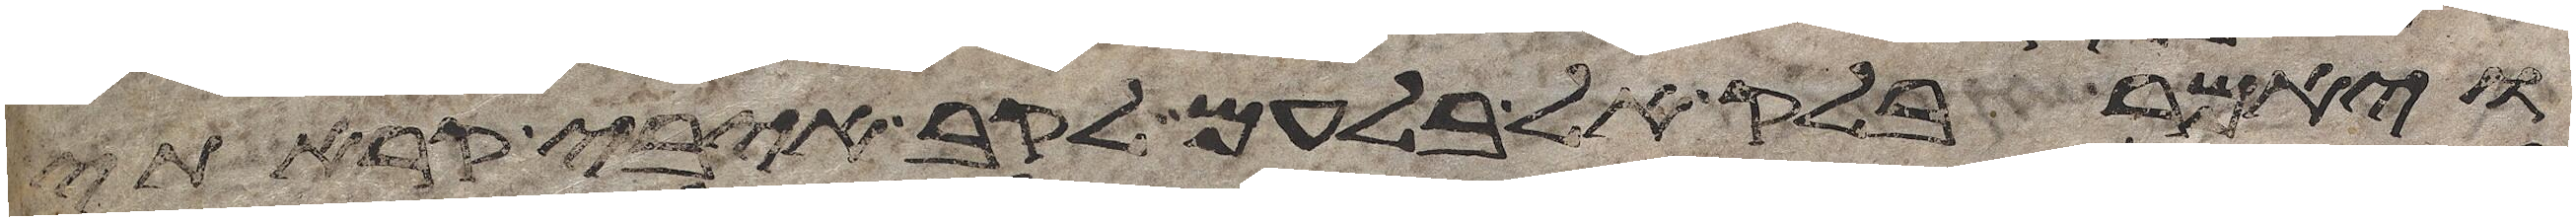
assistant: ויאמר בלק אל בלעם לקב איבי קראתי